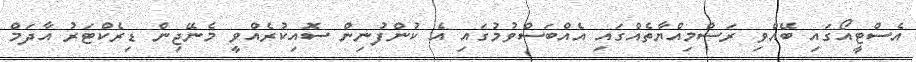
އެސްޓީއޯގައި ބޭއްވި ރަސްމިއްޔާތެއްގައި އެއްބަސްވުމުގައި އެ ކުންފުނިން ސޮއިކުރެއްވީ މެނޭޖިން ޑިރެކްޓަރު އާދަމް